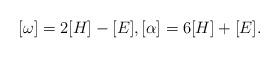
LaTeX: \begin{align*}[\omega] = 2[H]-[E], [\alpha] = 6[H]+[E].\end{align*}